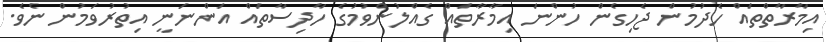
އިމާރާތްތައް ހެދުމުން ޖެހިގެން ހުންނަ އިމާރާތައް ގެއްލުންވުމުގެ ހާދިސާތައް އަންނަނީ އިތުރުވަމުން ނެވެ.